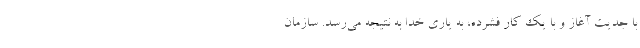
با جدیت آغاز و با یک کار فشرده، به یاری خدا به نتیجه می‌رسد. سازمان